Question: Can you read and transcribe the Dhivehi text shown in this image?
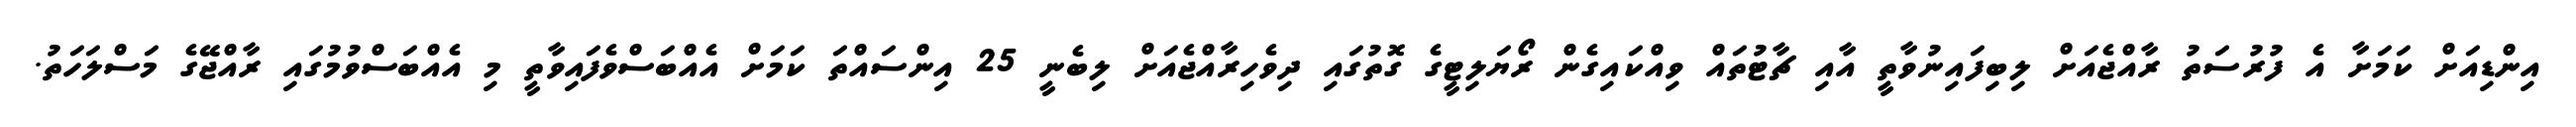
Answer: އިންޑިއަށް ކަމަށާ އެ ފުރުސަތު ރާއްޖެއަށް ލިބިފައިނުވާތީ އާއި ޗާޓުތައް ވިއްކައިގެން ރޯޔަލިޓީގެ ގޮތުގައި ދިވެހިރާއްޖެއަށް ލިބެނީ 25 އިންސައްތަ ކަމަށް އެއްބަސްވެފައިވާތީ މި އެއްބަސްވުމުގައި ރާއްޖޭގެ މަސްލަހަތު.